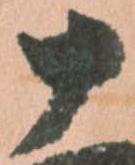
十